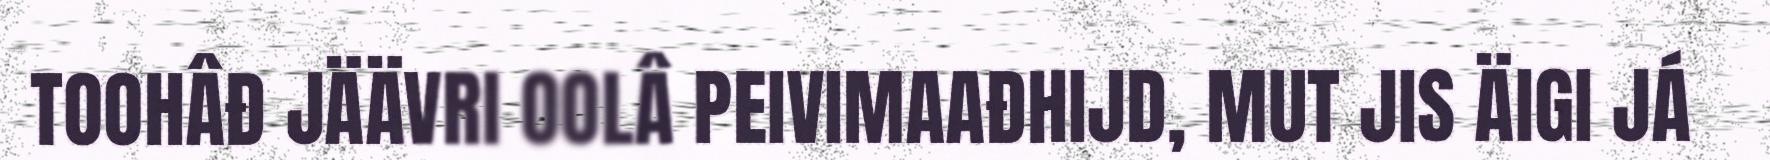
TOOHÂĐ JÄÄVRI OOLÂ PEIVIMAAĐHIJD, MUT JIS ÄIGI JÁ